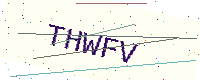
Text: THWFV